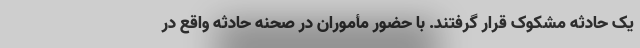
یک حادثه مشکوک قرار گرفتند. با حضور مأموران در صحنه حادثه واقع در